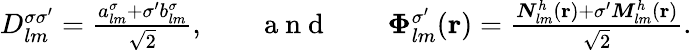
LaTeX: \begin{array}{rlrlr}{D_{lm}^{\sigma\sigma^{\prime}}=\frac{{a_{lm}^{\sigma}+\sigma^{\prime}b_{lm}^{\sigma}}}{\sqrt{2}},}&{{}}&{\mathrm{~a~n~d~}}&{{}}&{\boldsymbol{\Phi}_{lm}^{\sigma^{\prime}}({\mathbf r})=\frac{{\boldsymbol{N}}_{lm}^{h}({\mathbf r})+\sigma^{\prime}{\boldsymbol{M}}_{lm}^{h}({\mathbf r})}{\sqrt{2}}.}\end{array}